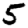
Digit: 5